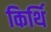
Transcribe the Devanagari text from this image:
किर्थि